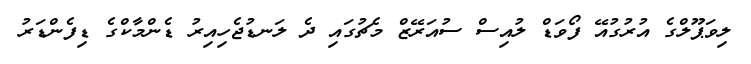
ލިވަޕޫލްގެ އުރުގުއޭ ފޯވަޑް ލުއިސް ސުއަރޭޒް މެޗުގައި ދެ ލަނޑުޖެހިއިރު ޑެންމާކްގެ ޑިފެންޑަރު